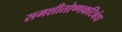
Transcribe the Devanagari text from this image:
समशीतोष्णकटिबंध